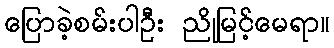
ပြောခဲ့စမ်းပါဦး ညိုမြင့်မေရာ။